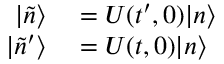
\begin{array} { r l } { | \Tilde { n } \rangle } & { { } = U ( t ^ { \prime } , 0 ) | n \rangle } \\ { | \Tilde { n } ^ { \prime } \rangle } & { { } = U ( t , 0 ) | n \rangle } \end{array}